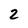
Character: 2